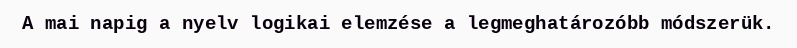
A mai napig a nyelv logikai elemzése a legmeghatározóbb módszerük.